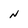
Character: N